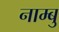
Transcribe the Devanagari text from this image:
नाम्बु